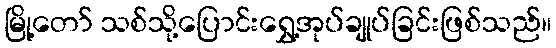
မြို့တော် သစ်သို့ပြောင်းရွှေ့အုပ်ချုပ်ခြင်းဖြစ်သည်။